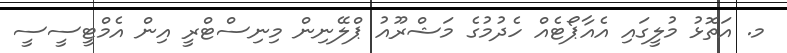
މ. އަތޮޅު މުލީގައި އެއާޕޯޓެއް ހެދުމުގެ މަޝްރޫއު ޕްލޭނިން މިނިސްޓްރީ އިން އެމްޓީސީސީ